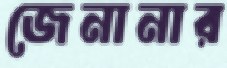
জেনানার